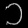
Digit: ၁